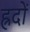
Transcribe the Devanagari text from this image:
ह्रदों